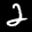
Label: 2